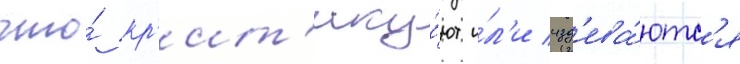
что́ кр'ит'ику́ют и́л'и изд'ева́ютс'я